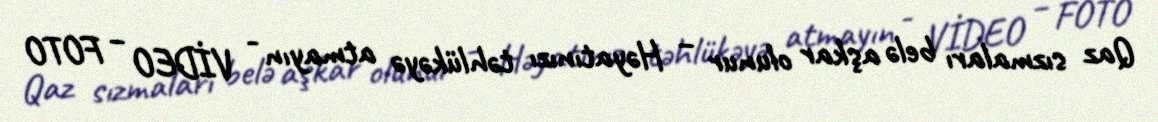
Qaz sızmaları belə aşkar olunur – Həyatınızı təhlükəyə atmayın - VİDEO – FOTO